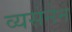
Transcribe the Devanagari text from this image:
व्यसनेन